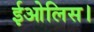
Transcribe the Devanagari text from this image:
ईओलिस।